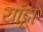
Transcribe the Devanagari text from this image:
यॉट्टा